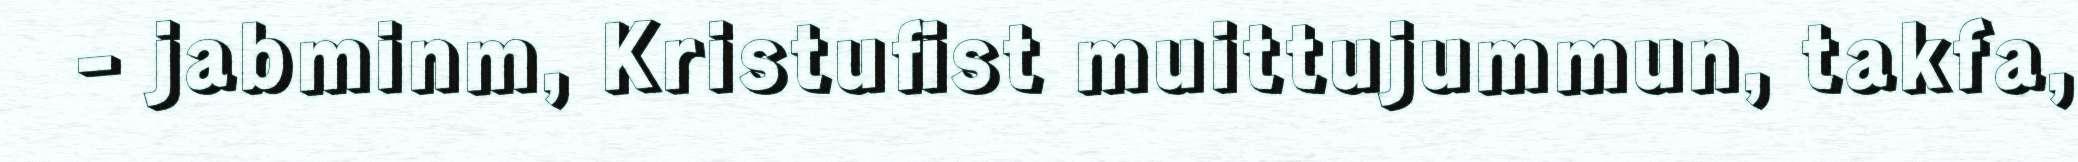
- jabminm, Kristufist muittujummun, takfa,